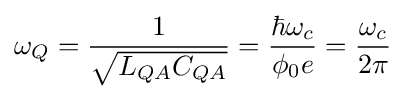
\omega _{Q}={\frac {1}{\sqrt {L_{QA}C_{QA}}}}={\frac {\hbar \omega _{c}}{\phi _{0}e}}={\frac {\omega _{c}}{2\pi }}